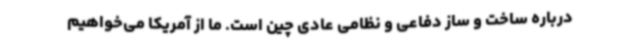
درباره ساخت و ساز دفاعی و نظامی عادی چین است. ما از آمریکا می‌خواهیم